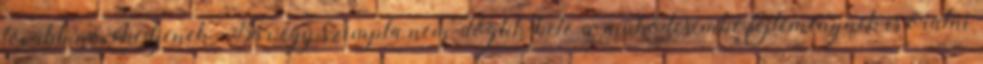
tovább növekedjenek. Bár egy szimpla nem-döglik-bele-a-működésembe fejleménynek is örülni